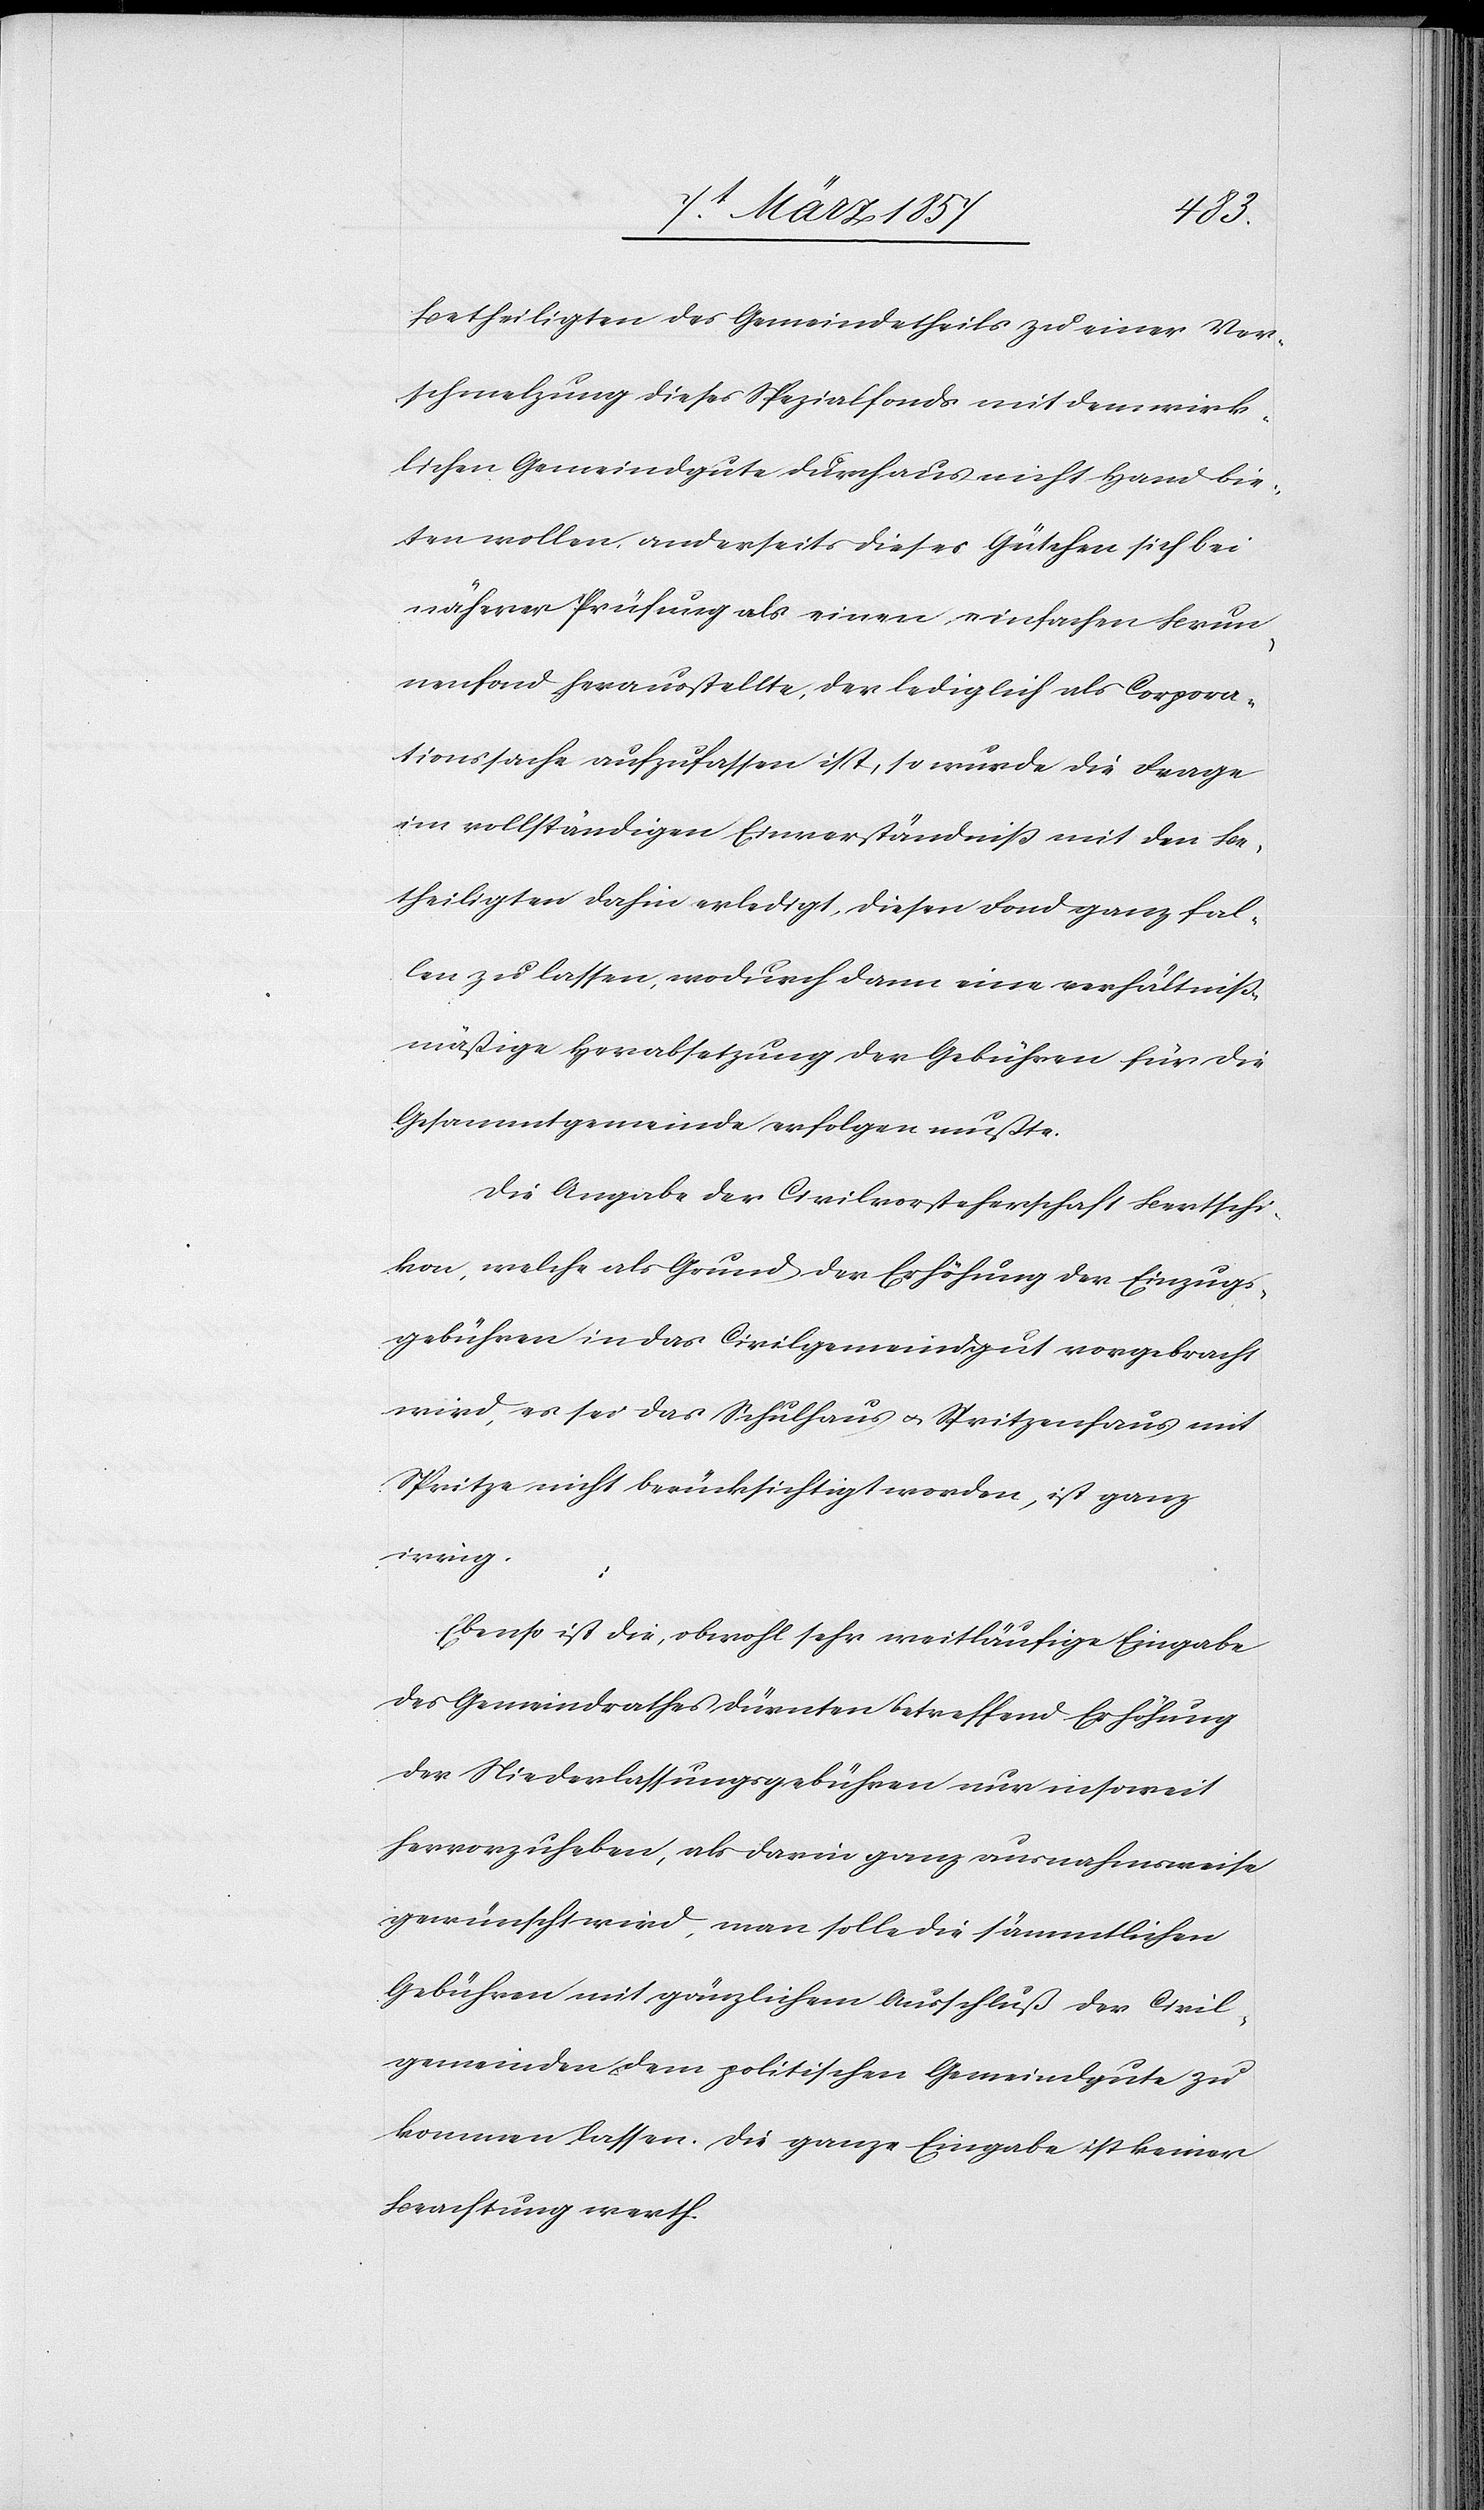
mit
Betheiligten des Gemeindetheils zu einer Ver¬
schmelzung dieses Spezialfonds mit dem wirk¬
lichen Gemeindgute durchaus nicht Hand bie¬
ten wollen, anderseits dieses Gütchen sich bei
näherer Prüfung als einen einfachen Brun¬
nenfond herausstellte, der lediglich als Corpora¬
tionssache aufzufassen ist, so wurde die Frage
im vollständigen Einverständniß mit den Be¬
theiligten dahin erledigt, diesen Fond ganz fal¬
len zu lassen, wodurch dann eine verhältniß¬
mäßige Herabsetzung der Gebühren für die
Gesammtgemeinde erfolgen mußte.
Die Angabe der Civilvorsteherschaft Bertschi¬
kon, welche als Grund der Erhöhung der Einzugs¬
gebühren in das Civilgemeindgut vorgebracht
Spritze nicht berücksichtigt worden, ist ganz
irrig.
u.
Ebenso ist die, obwohl sehr weitläufige Eingabe
des Gemeindrathes Dürnten betreffend Erhöhung
der Niederlassungsgebühren nur insoweit
hervorzuheben, als darin ganz ausnahmsweise
gewünscht wird, man solle die sämmtlichen
Gebühren mit gänzlichem Ausschluß der Civil¬
gemeinden dem politischen Gemeindgute zu¬
kommen lassen. Die ganze Eingabe ist keiner
Beachtung werth.